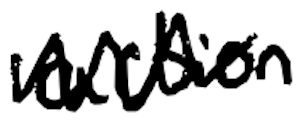
Text: action
Cross-out: zig-zag
Writing tool: digital_black